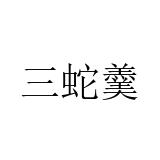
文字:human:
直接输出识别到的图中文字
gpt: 三蛇羹